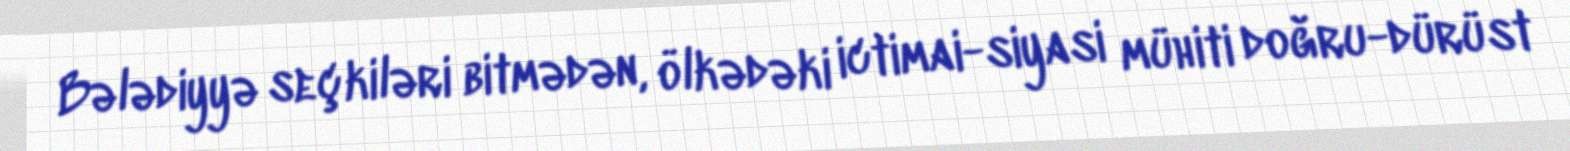
Bələdiyyə seçkiləri bitmədən, ölkədəki ictimai-siyasi mühiti doğru-dürüst